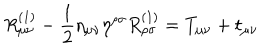
LaTeX: R _ { \mu \nu } ^ { ( 1 ) } - \frac { 1 } { 2 } \eta _ { \mu \nu } \eta ^ { \rho \sigma } R _ { \rho \sigma } ^ { ( 1 ) } = T _ { \mu \nu } + t _ { \mu \nu }